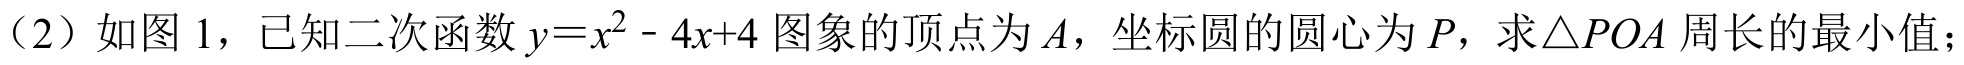
（2）如图1，已知二次函数\(y = x^{2}-4x + 4\)图象的顶点为\(A\)，坐标圆的圆心为\(P\)，求\(\triangle POA\)周长的最小值；